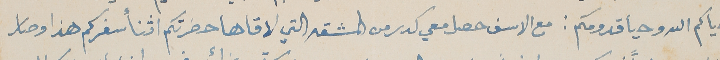
حياكم الله وحيا قدومكم: مع الاسف حصل معي كدر من المشقه التي لاقاها حضرتكم اثنأ سفركم هذا وصار